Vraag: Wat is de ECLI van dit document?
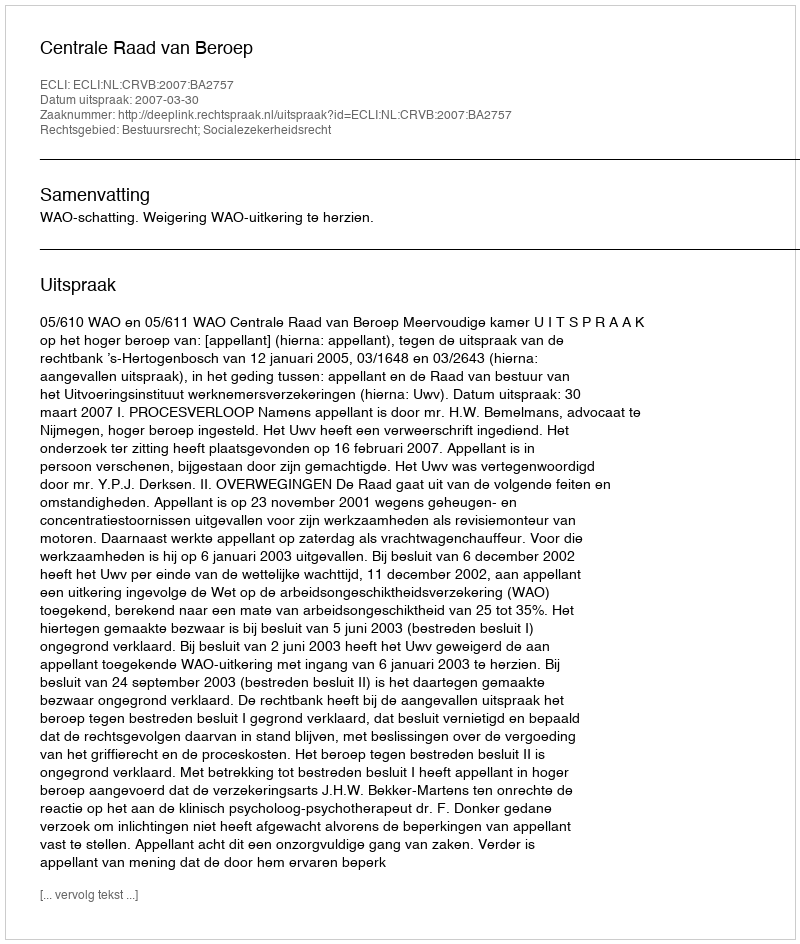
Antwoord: ECLI:NL:CRVB:2007:BA2757